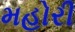
મહોરી